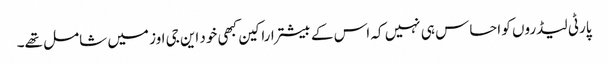
پارٹی لیڈروں کو احساس ہی نہیں کہ اس کے بیشتر اراکین کبھی خود این جی اوز میں شامل تھے۔